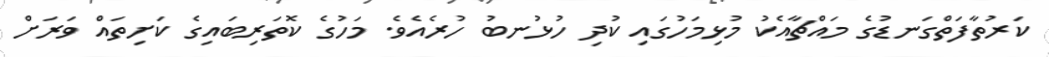
ކަރުތާފަތްގަނޑުގެ މައްޗާއެކު މުޅިމަހުގައި ކުދި ހުޅުނބު ހުރެއެވެ. މަހުގެ ކޮތަރިބައިގެ ކަށިތައް ވަރަށް